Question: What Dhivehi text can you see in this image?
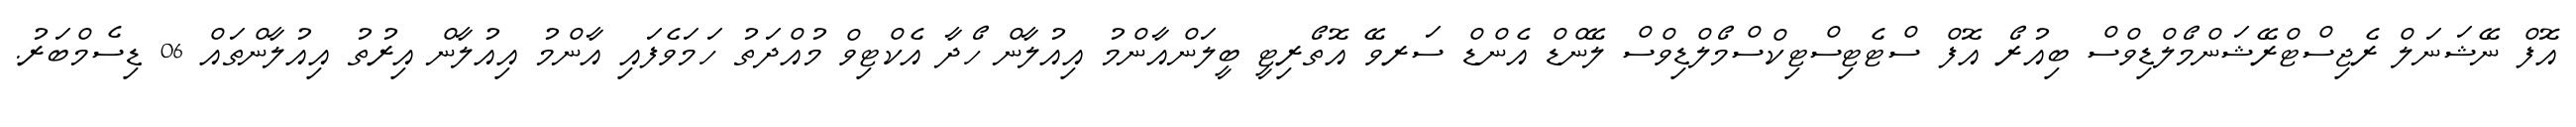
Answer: އޮފް ނޭޝަނަލް ރެޖިސްޓްރޭޝަންމޯލްޑިވްސް ބިއުރޯ އޮފް ސްޓެޓިސްޓިކްސްމޯލްޑިވްސް ލޭންޑް އެންޑް ސަރވޭ އޮތޯރިޓީ ބީލަންއާންމު އިއުލާން ހޯދާ އެކްޓިވް މުއްދަތު ހަމަވެފައި އާންމު އިއުލާން އިރުތު އިއުލާންތައް 06 ޑިސެމްބަރު.